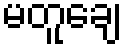
မတူချေ